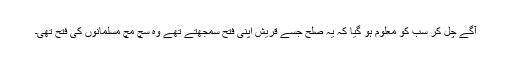
آگے چل کر سب کو معلوم ہو گیا کہ یہ صلح جسے قریش اپنی فتح سمجھتے تھے وہ سچ مچ مسلمانوں کی فتح تھی۔